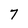
Character: 7